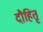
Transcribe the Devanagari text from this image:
दौहितृ